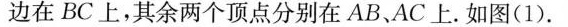
边在BC上，其余两个顶点分别在AB、AC上。如图(1)。